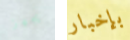
يجهز بإخبار